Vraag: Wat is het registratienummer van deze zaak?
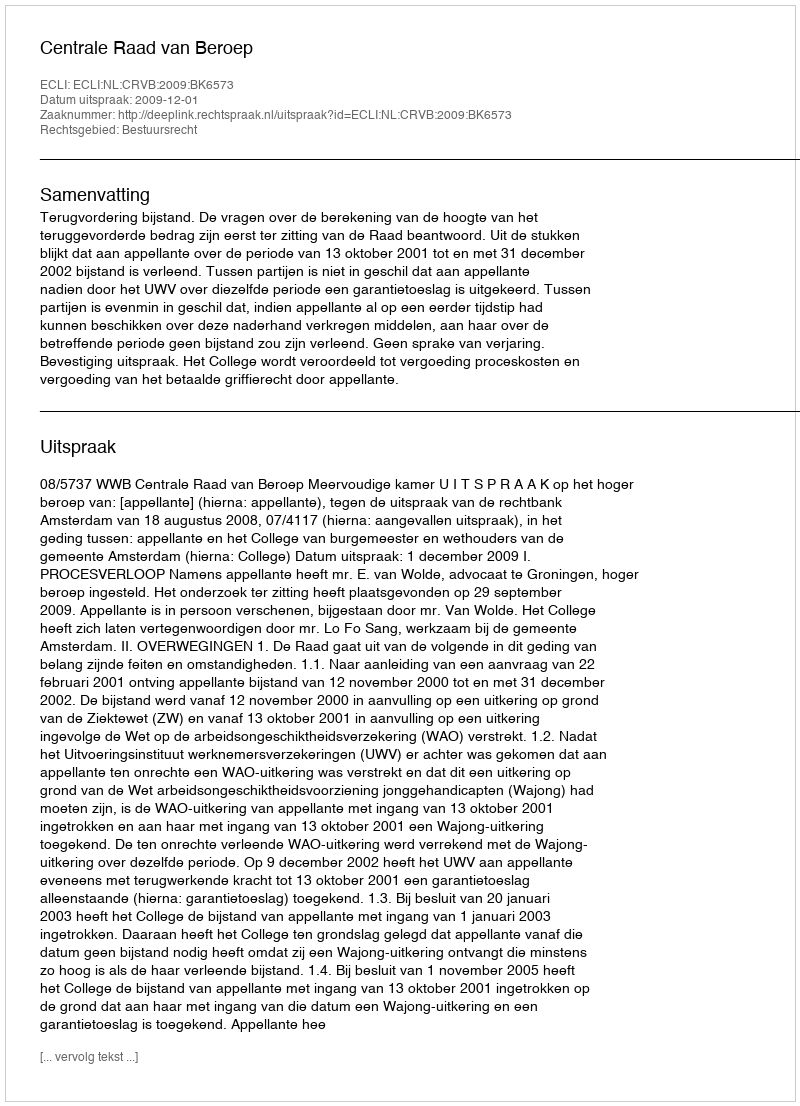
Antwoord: http://deeplink.rechtspraak.nl/uitspraak?id=ECLI:NL:CRVB:2009:BK6573